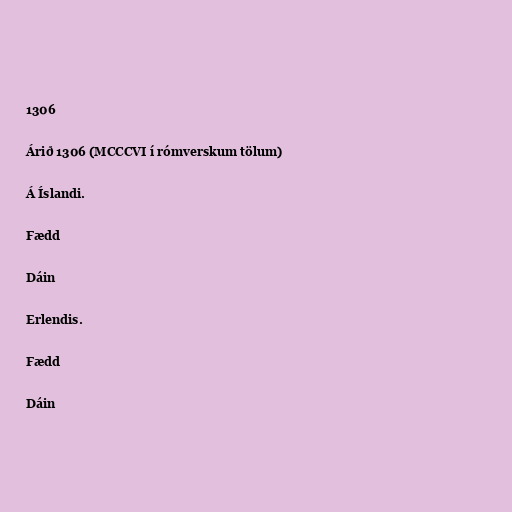
1306

Árið 1306 (MCCCVI í rómverskum tölum)

Á Íslandi.

Fædd

Dáin

Erlendis.

Fædd

Dáin